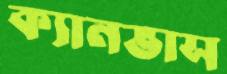
ক্যানভাস